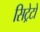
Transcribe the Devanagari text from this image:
सिट्रेटों